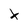
Character: X